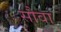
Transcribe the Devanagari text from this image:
सौवा